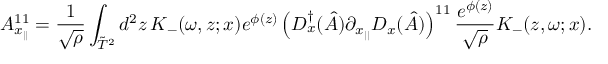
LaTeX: A _ { x _ { | | } } ^ { 1 1 } = \frac { 1 } { \sqrt { \rho } } \int _ { \tilde { T } ^ { 2 } } d ^ { 2 } z \, K _ { - } ( \omega , z ; x ) e ^ { \phi ( z ) } \left( D _ { x } ^ { \dagger } ( \hat { A } ) \partial _ { x _ { | | } } D _ { x } ( \hat { A } ) \right) ^ { 1 1 } \frac { e ^ { \phi ( z ) } } { \sqrt { \rho } } K _ { - } ( z , \omega ; x ) .